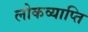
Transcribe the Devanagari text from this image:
लोकव्याप्ति